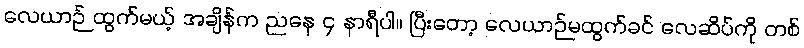
လေယာဉ် ထွက်မယ့် အချိန်က ညနေ ၄ နာရီပါ။ ပြီးတော့ လေယာဉ်မထွက်ခင် လေဆိပ်ကို တစ်